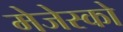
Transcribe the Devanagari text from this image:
मेजेस्‍को